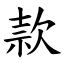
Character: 款